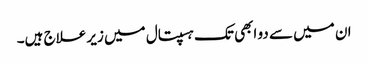
ان میں سے دو ابھی تک ہسپتال میں زیر علاج ہیں۔